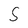
Character: 5